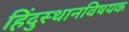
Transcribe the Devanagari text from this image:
हिंदुस्थानविषयक